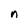
Character: n